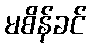
မစိန်ခင်